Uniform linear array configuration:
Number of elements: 48
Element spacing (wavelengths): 0.25
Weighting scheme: uniform
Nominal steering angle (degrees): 30
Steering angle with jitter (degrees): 30.82
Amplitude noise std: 0.05
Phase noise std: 0.05

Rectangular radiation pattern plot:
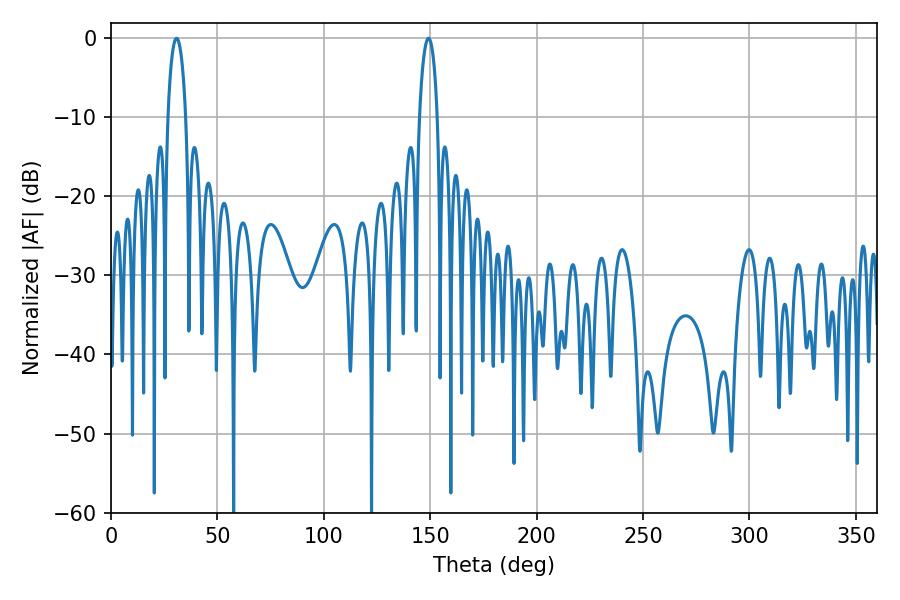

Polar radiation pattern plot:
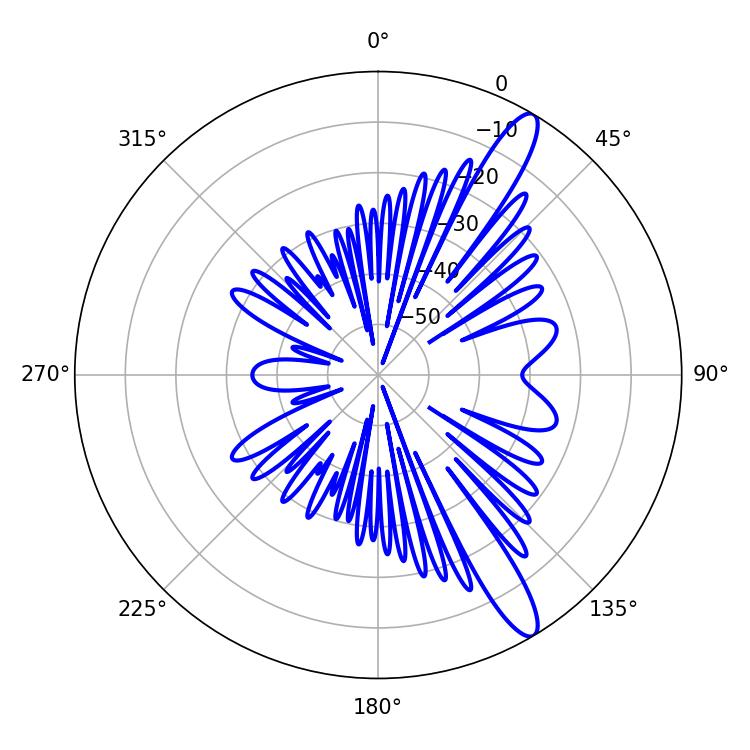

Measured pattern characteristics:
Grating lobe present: FALSE
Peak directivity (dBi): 13.046
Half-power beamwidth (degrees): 4.86
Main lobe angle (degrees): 30.78